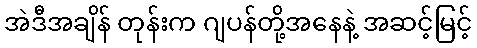
အဲဒီအချိန် တုန်းက ဂျပန်တို့အနေနဲ့ အဆင့်မြင့်